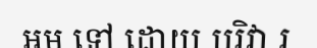
អម ទៅ ដោយ បរិវា រ